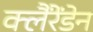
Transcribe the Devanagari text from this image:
क्लैंरेंडेन